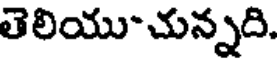
తెలియుచున్నది.